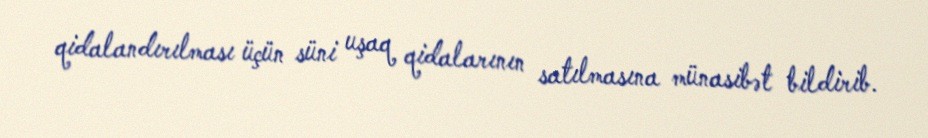
qidalandırılması üçün süni uşaq qidalarının satılmasına münasibət bildirib.